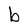
Character: b